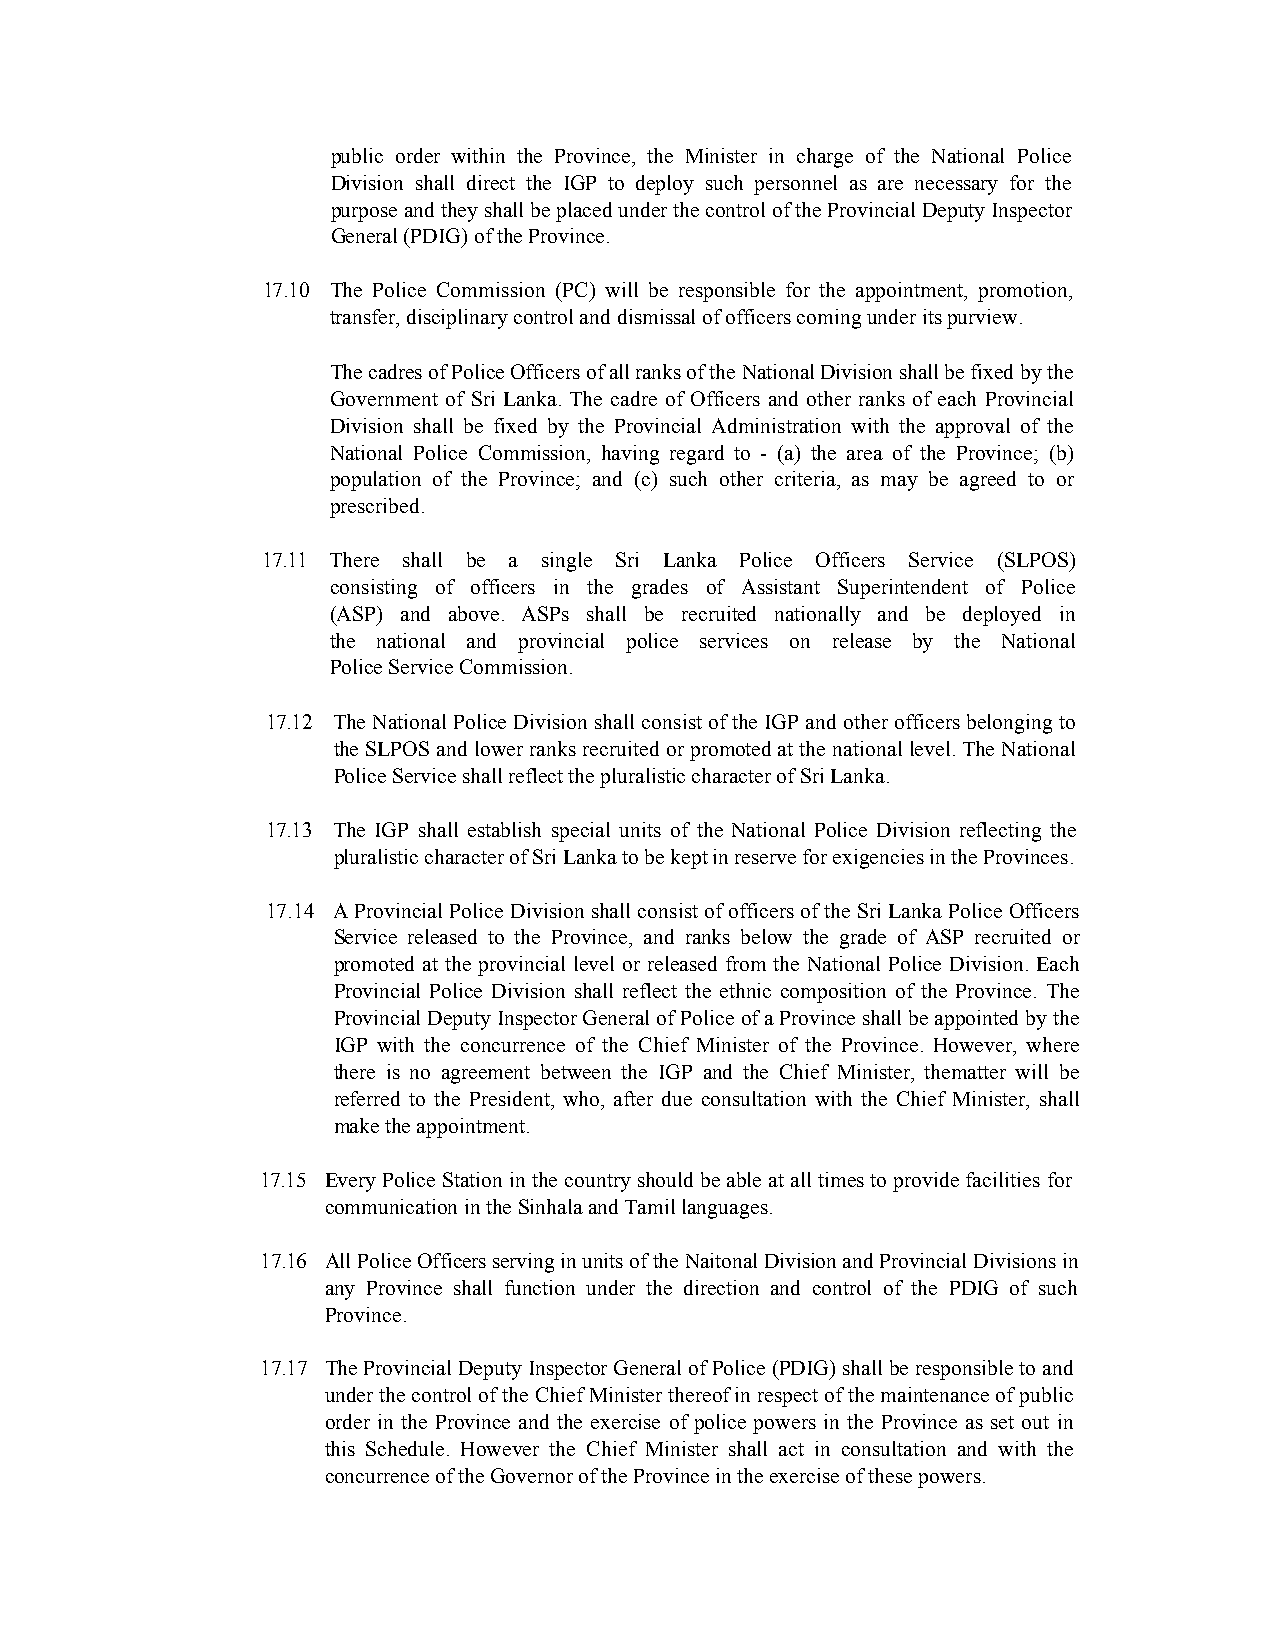
public order within the Province, the Minister in charge of the National Police
 Division shall direct the IGP to deploy such personnel as are necessary for the
 purpose and they shall be placed under the control of the Provincial Deputy Inspector
 General (PDIG) of the Province.
 17.10 The Police Commission (PC) will be responsible for the appointment, promotion,
 transfer, disciplinary control and dismissal of officers coming under its purview.
 The cadres of Police Officers of all ranks of the National Division shall be fixed by the
 Government of Sri Lanka. The cadre of Officers and other ranks of each Provincial
 Division shall be fixed by the Provincial Administration with the approval of the
 National Police Commission, having regard to - (a) the area of the Province; (b)
 population of the Province; and (c) such other criteria, as may be agreed to or
 prescribed.
 17.11 There shall be a single Sri Lanka Police Officers Service (SLPOS)
 consisting of officers in the grades of Assistant Superintendent of Police
 (ASP) and above. ASPs shall be recruited nationally and be deployed in
 the national and provincial police services on release by the National
 Police Service Commission.
 17.12 The National Police Division shall consist of the IGP and other officers belonging to
 the SLPOS and lower ranks recruited or promoted at the national level. The National
 Police Service shall reflect the pluralistic character of Sri Lanka.
 17.13 The IGP shall establish special units of the National Police Division reflecting the
 pluralistic character of Sri Lanka to be kept in reserve for exigencies in the Provinces.
 17.14 A Provincial Police Division shall consist of officers of the Sri Lanka Police Officers
 Service released to the Province, and ranks below the grade of ASP recruited or
 promoted at the provincial level or released from the National Police Division. Each
 Provincial Police Division shall reflect the ethnic composition of the Province. The
 Provincial Deputy Inspector General of Police of a Province shall be appointed by the
 IGP with the concurrence of the Chief Minister of the Province. However, where
 there is no agreement between the IGP and the Chief Minister, thematter will be
 referred to the President, who, after due consultation with the Chief Minister, shall
 make the appointment.
 17.15 Every Police Station in the country should be able at all times to provide facilities for
 communication in the Sinhala and Tamil languages.
 17.16 All Police Officers serving in units of the Naitonal Division and Provincial Divisions in
 any Province shall function under the direction and control of the PDIG of such
 Province.
 17.17 The Provincial Deputy Inspector General of Police (PDIG) shall be responsible to and
 under the control of the Chief Minister thereof in respect of the maintenance of public
 order in the Province and the exercise of police powers in the Province as set out in
 this Schedule. However the Chief Minister shall act in consultation and with the
 concurrence of the Governor of the Province in the exercise of these powers.